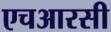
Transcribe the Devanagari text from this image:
एचआरसी